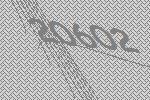
20602